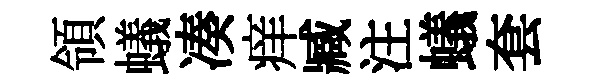
領蟻凑痒臧注蟻套